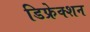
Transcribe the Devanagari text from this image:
डिफ्रेक्शन